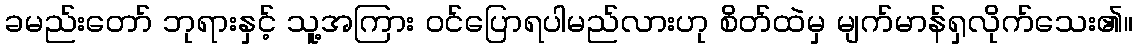
ခမည်းတော် ဘုရားနှင့် သူ့အကြား ဝင်ပြောရပါမည်လားဟု စိတ်ထဲမှ မျက်မာန်ရှလိုက်သေး၏။